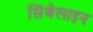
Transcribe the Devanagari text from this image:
सिंबेलाइन